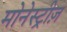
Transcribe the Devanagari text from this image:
मोनेस्ट्रीज़